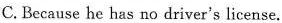
C. Because he has no driver's license.